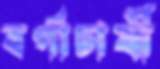
বর্গাচাষী